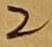
Text: 2